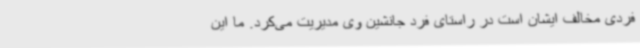
فردی مخالف ایشان است در راستای فرد جانشین وی مدیریت می‌کرد. ما این